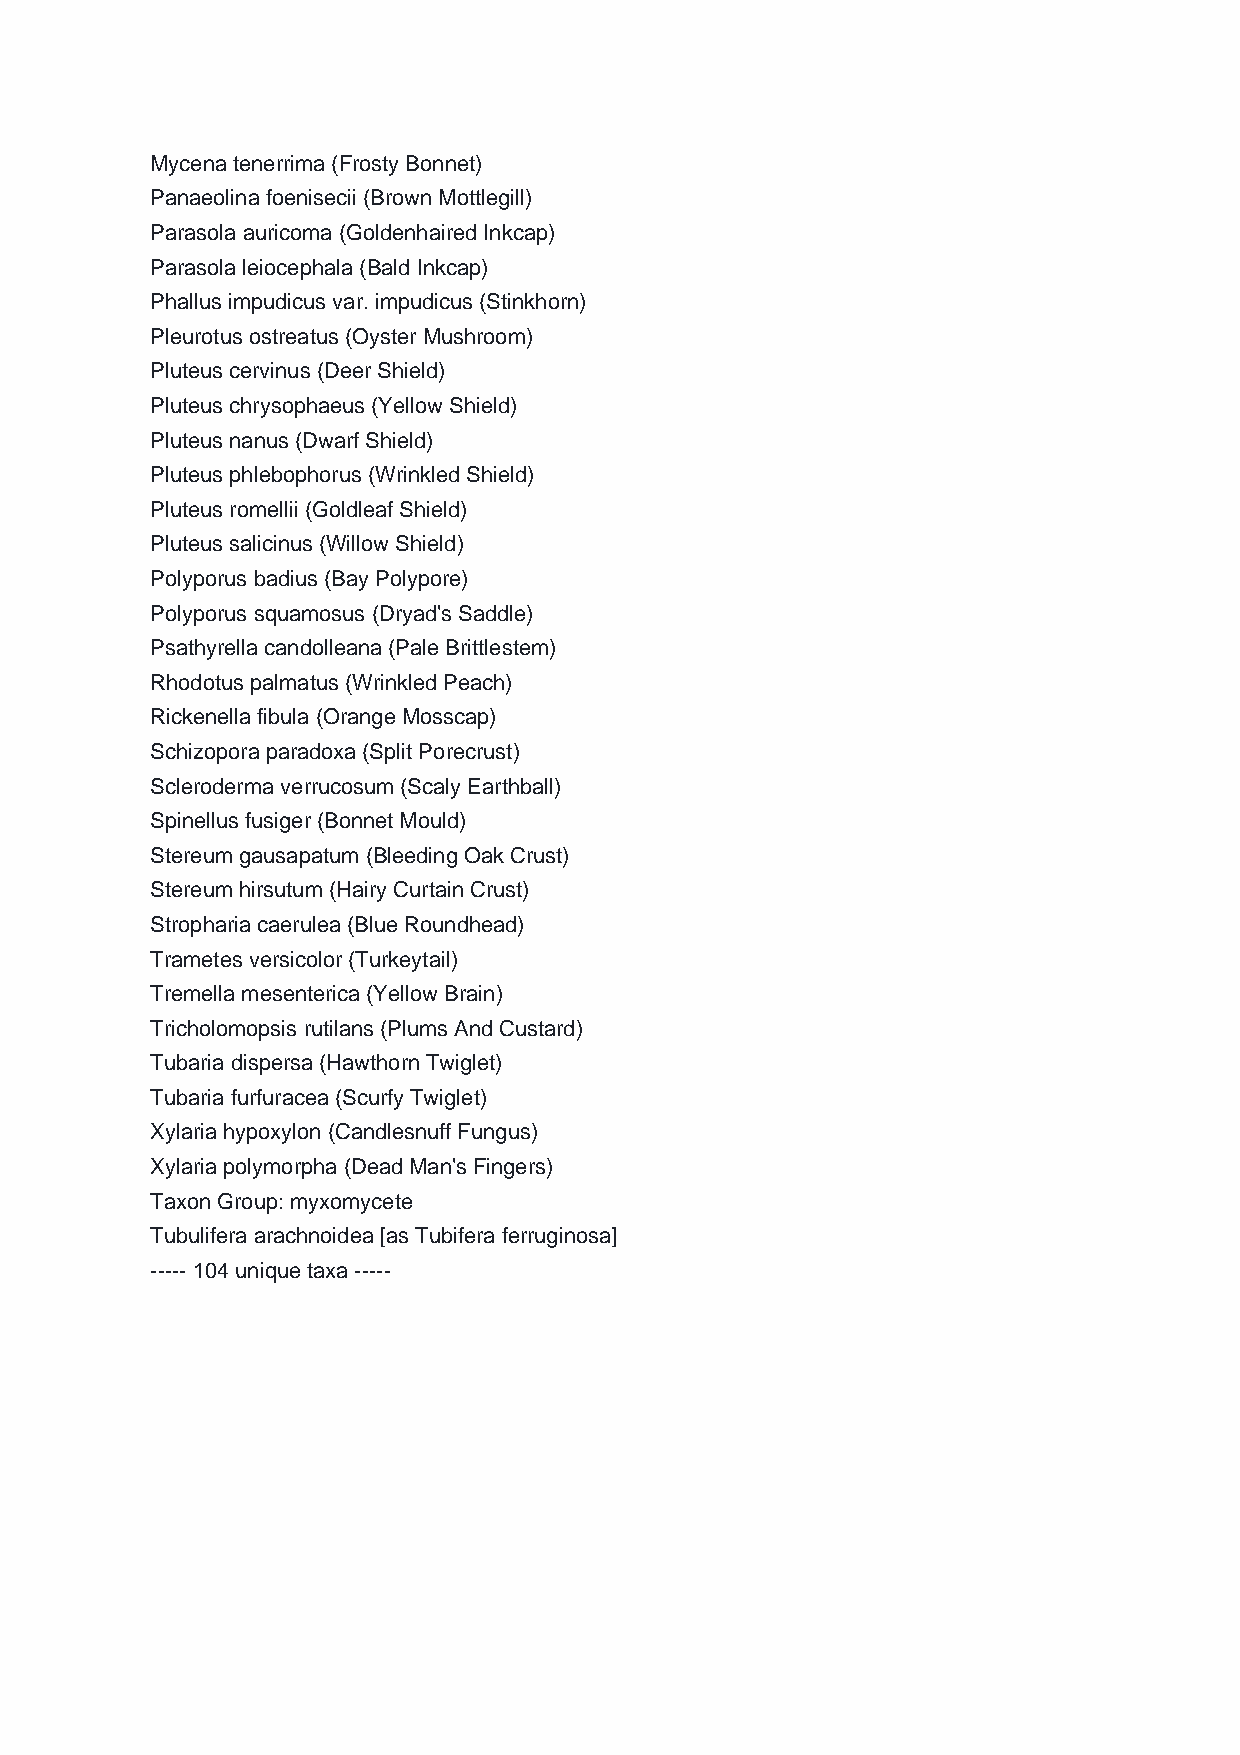
Mycena tenerrima (Frosty Bonnet)
 Panaeolina foenisecii (Brown Mottlegill)
 Parasola auricoma (Goldenhaired Inkcap)
 Parasola leiocephala (Bald Inkcap)
 Phallus impudicus var. impudicus (Stinkhorn)
 Pleurotus ostreatus (Oyster Mushroom)
 Pluteus cervinus (Deer Shield)
 Pluteus chrysophaeus (Yellow Shield)
 Pluteus nanus (Dwarf Shield)
 Pluteus phlebophorus (Wrinkled Shield)
 Pluteus romellii (Goldleaf Shield)
 Pluteus salicinus (Willow Shield)
 Polyporus badius (Bay Polypore)
 Polyporus squamosus (Dryad's Saddle)
 Psathyrella candolleana (Pale Brittlestem)
 Rhodotus palmatus (Wrinkled Peach)
 Rickenella fibula (Orange Mosscap)
 Schizopora paradoxa (Split Porecrust)
 Scleroderma verrucosum (Scaly Earthball)
 Spinellus fusiger (Bonnet Mould)
 Stereum gausapatum (Bleeding Oak Crust)
 Stereum hirsutum (Hairy Curtain Crust)
 Stropharia caerulea (Blue Roundhead)
 Trametes versicolor (Turkeytail)
 Tremella mesenterica (Yellow Brain)
 Tricholomopsis rutilans (Plums And Custard)
 Tubaria dispersa (Hawthorn Twiglet)
 Tubaria furfuracea (Scurfy Twiglet)
 Xylaria hypoxylon (Candlesnuff Fungus)
 Xylaria polymorpha (Dead Man's Fingers)
 Taxon Group: myxomycete
 Tubulifera arachnoidea [as Tubifera ferruginosa]
 ----- 104 unique taxa -----